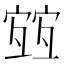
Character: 𡪀